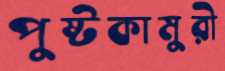
পুষ্টকামুরী